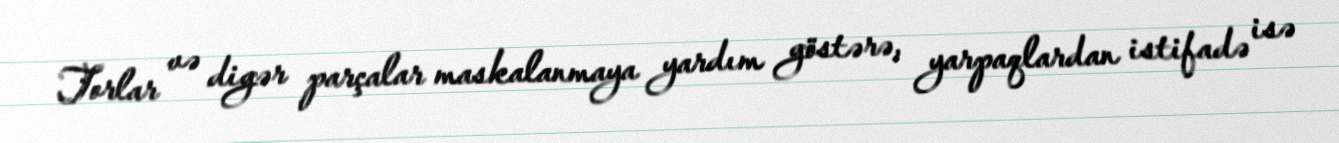
Torlar və digər parçalar maskalanmaya yardım göstərə, yarpaqlardan istifadə isə